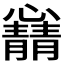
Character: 𫻛